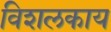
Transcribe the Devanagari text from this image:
विशलकाय